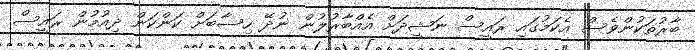
ބާރުތަކުންވެސް އެކަމުގައި ރައީސް ނަޝީދަށް އެއްބާރުލުން ނުދޭ ހިސާބަށް ކަންކަން ދިއުމުން ރައީސް